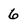
Character: 6